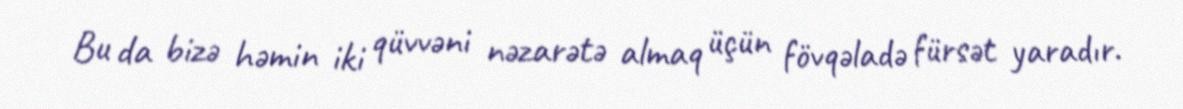
Bu da bizə həmin iki qüvvəni nəzarətə almaq üçün fövqəladə fürsət yaradır.